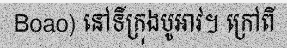
Boao) នៅទីក្រុងបូអាវ។ ក្រៅពី